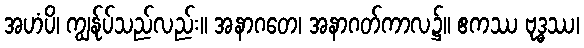
အဟံပိ၊ ကျွန်ုပ်သည်လည်း။ အနာဂတေ၊ အနာဂတ်ကာလ၌။ ဧကဿ ဗုဒ္ဓဿ၊